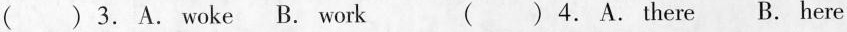
( ) 3.A.Woke B. Work ( ) 4. A. There B. Here